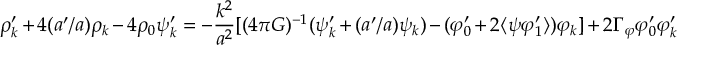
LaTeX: \rho _ { k } ^ { \prime } + 4 ( a ^ { \prime } / a ) \rho _ { k } - 4 \rho _ { 0 } \psi _ { k } ^ { \prime } = - \frac { k ^ { 2 } } { a ^ { 2 } } \lbrack ( 4 \pi G ) ^ { - 1 } ( \psi _ { k } ^ { \prime } + ( a ^ { \prime } / a ) \psi _ { k } ) - ( \varphi _ { 0 } ^ { \prime } + 2 \langle \psi \varphi _ { 1 } ^ { \prime } \rangle ) \varphi _ { k } \rbrack + 2 \Gamma _ { \varphi } \varphi _ { 0 } ^ { \prime } \varphi _ { k } ^ { \prime }